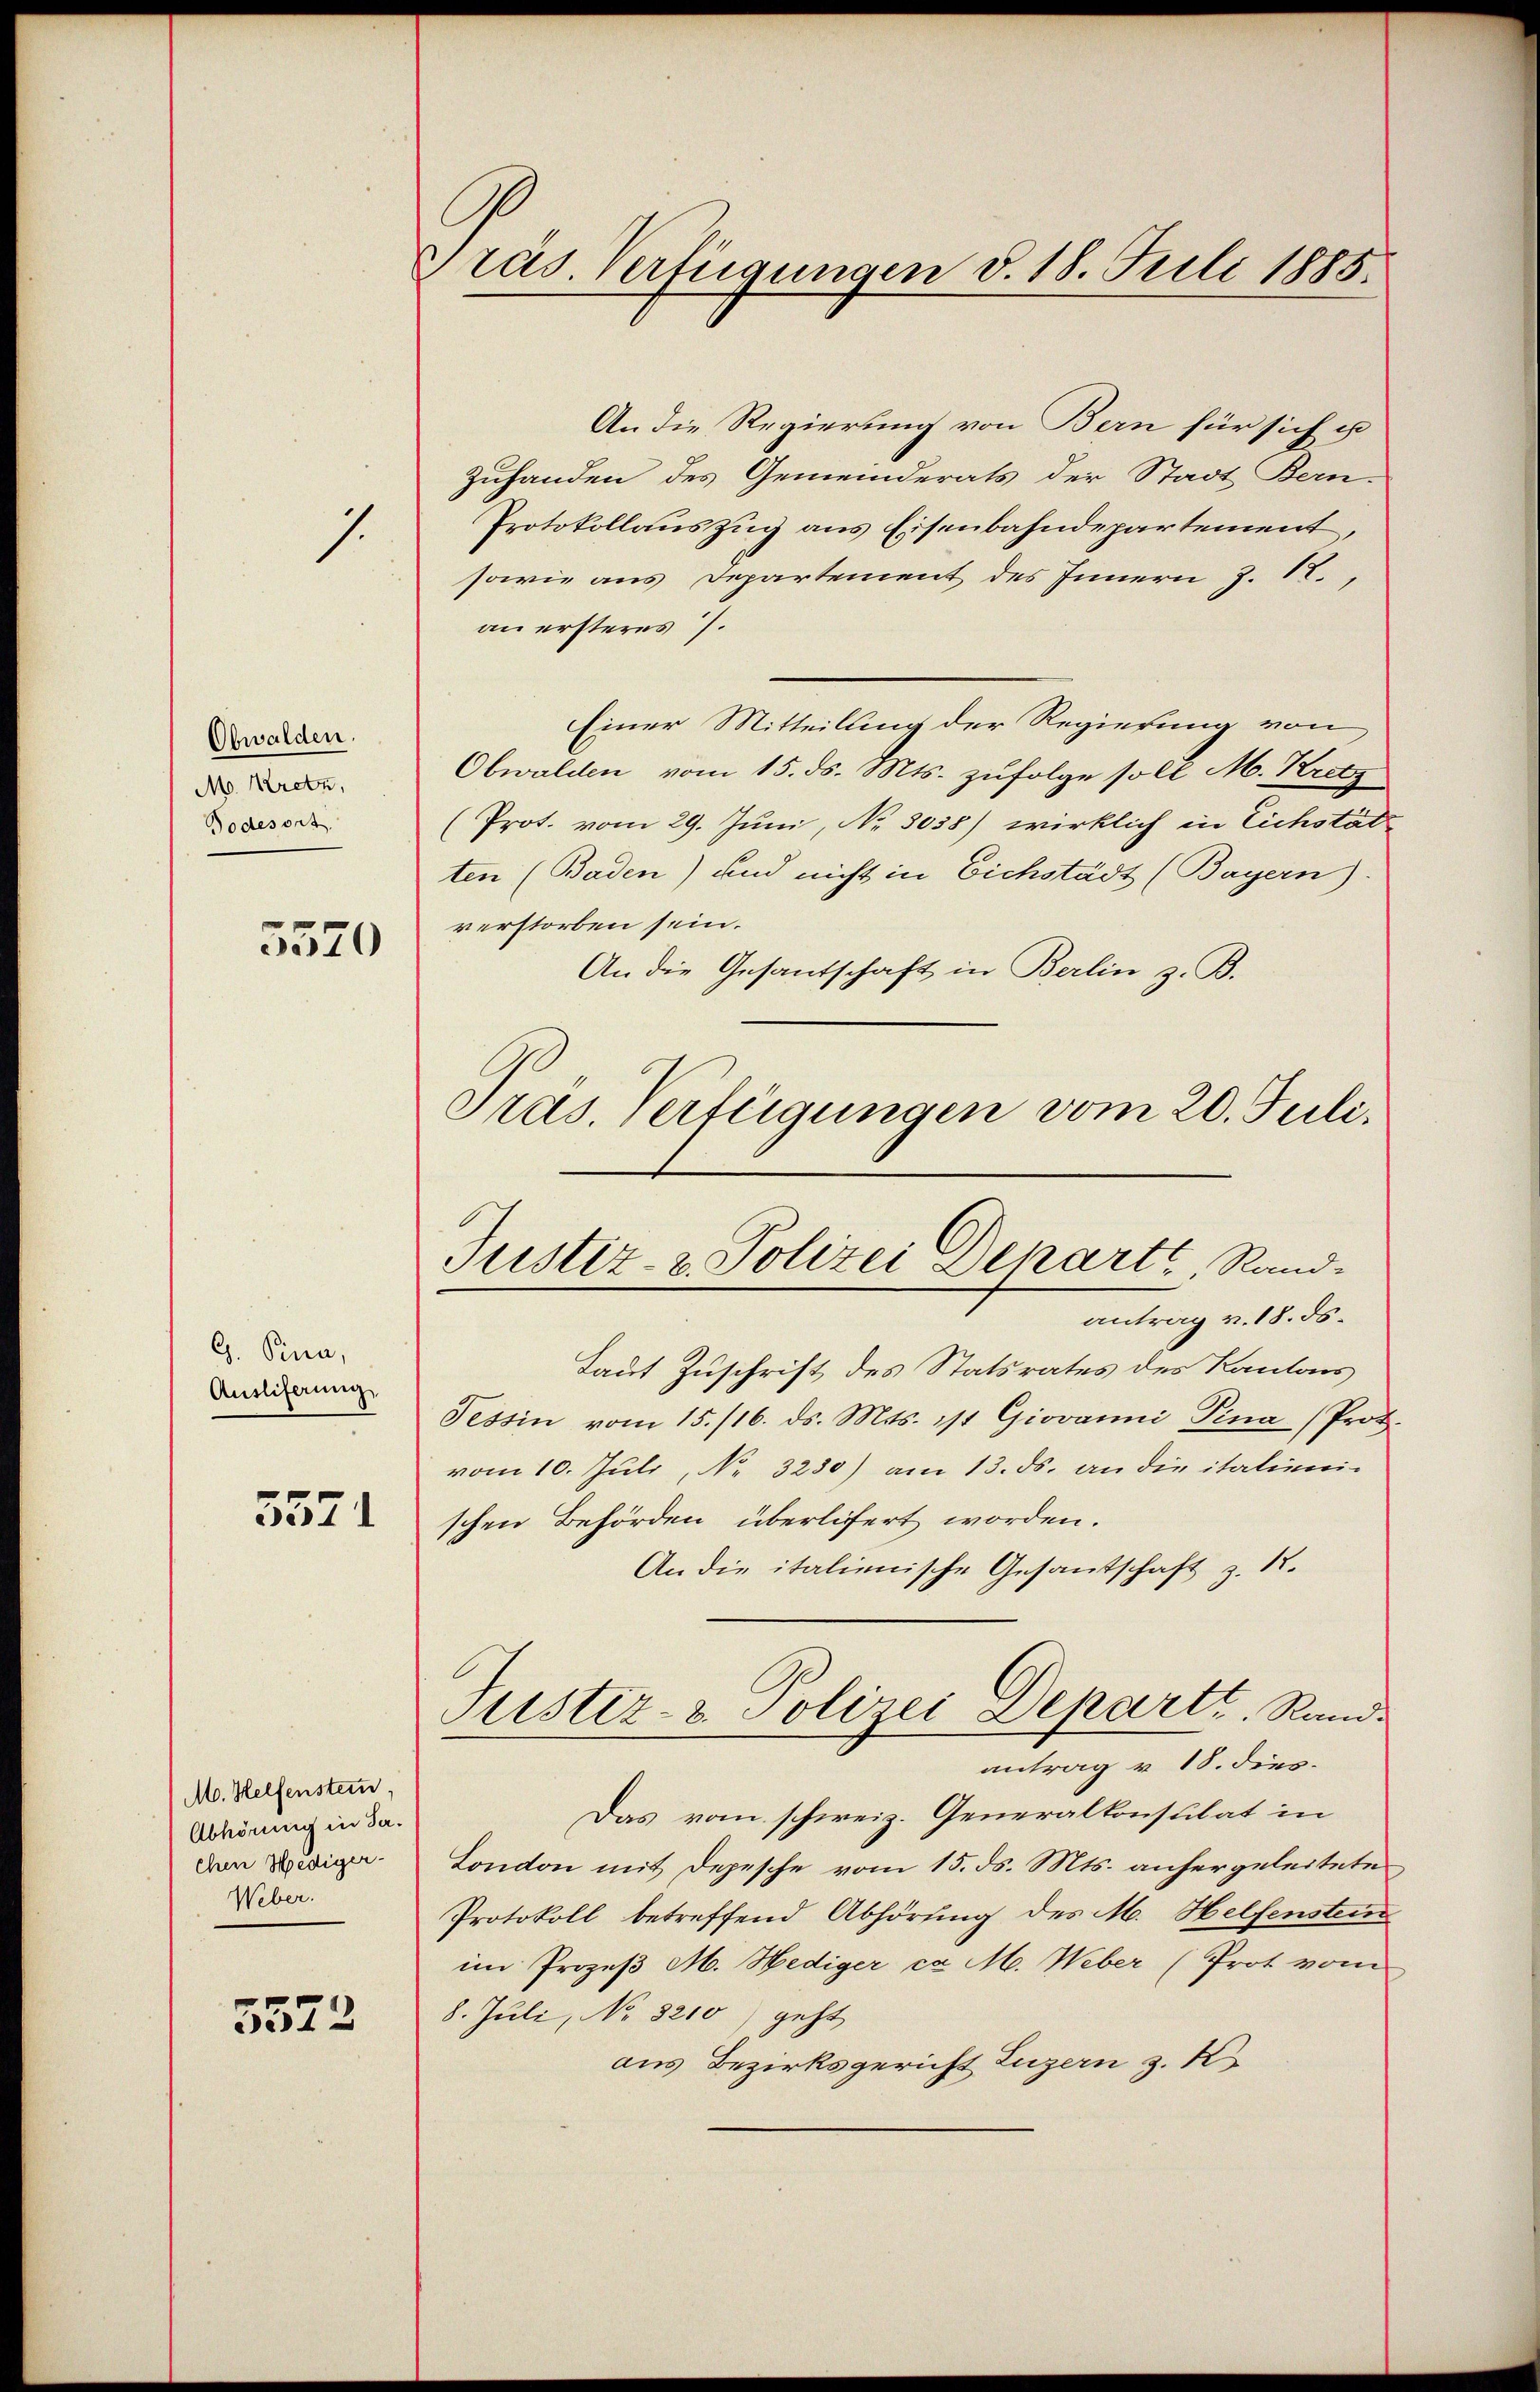
7.

Ohwalden.
M. Kretz,
Todesort.

5570

G. Sina,
Ausliferung

5571

M. Helfenstein,
Abhörung in Ja.
ehen Hediger-
Weber.

3572

Präs. Verfügungen d. 18. Juli 1885.

An die Regierung von Bern für sich u
Zuhanden des Gemeinderats der Stadt Bern-
Protokollauszug aus Eisenbahndepartement,
sowie aus Departement des Innern Z. 17.
an ersteres .
Einer Mitteilung der Regierung von
Obwalden vom 15. ds. Mts. zufolge soll M. Kretz
(Prot. vom 29. Juni, No. 3038) wirklich in Eichstät
ten (Baden) und nicht in Eichstädt (Bayern).
verstorben sein.
An die Gesantschaft in Berlin z. B.
antrag v. 18. ds.
Taut Zuschrift des Statsrates des Kantons
Tessin vom 15./16. ds. Mts. ist Giovanni Pina (Prot.
vom 10. Juli, No. 3230) am 13. ds. an die italieni-
schen Behörden überlifert worden.
An die italienische Gesantschaft z. 1.
Puster- & Polizei Depart, Randantrag v. 18. dies
Das vom schweiz. Generalkonsulat in
London mit Depesche vom 15. ds. Mts. anhergeleitetes
Protokoll betreffend Abhörung des M. Helfenstein
im Prozeß M. Hediger ca M. Weber (Prot vom
8. Juli, No 8210) geht
aus Bezirksgericht Luzern z. K

Präs. Verfügungen vom 20. Juli.
Justiz- & Polizei Departe Rand¬